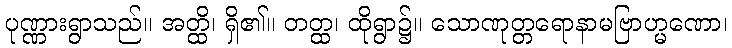
ပုဏ္ဏားရွာသည်။ အတ္ထိ၊ ရှိ၏။ တတ္ထ၊ ထိုရွာ၌။ သောဏုတ္တရောနာမဗြာဟ္မဏော၊